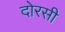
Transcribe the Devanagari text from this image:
दोरसी